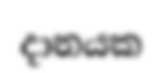
දානයක